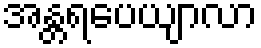
အန္တရပေယျာလာ